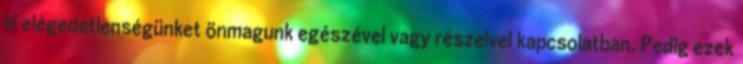
ki elégedetlenségünket önmagunk egészével vagy részeivel kapcsolatban. Pedig ezek